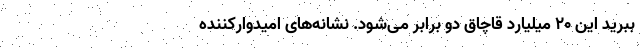
ببرید این ۲۰ میلیارد قاچاق دو برابر می‌شود. نشانه‌های امیدوارکننده